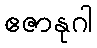
ဧဇာနုဂါ